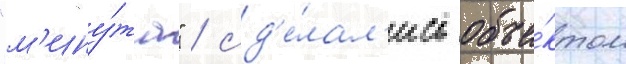
"м'ину́та" / сд'е́лал'ись объе́ктом